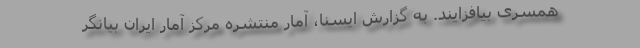
همسری بیافزایند. به گزارش ایسنا، آمار منتشره مرکز آمار ایران بیانگر